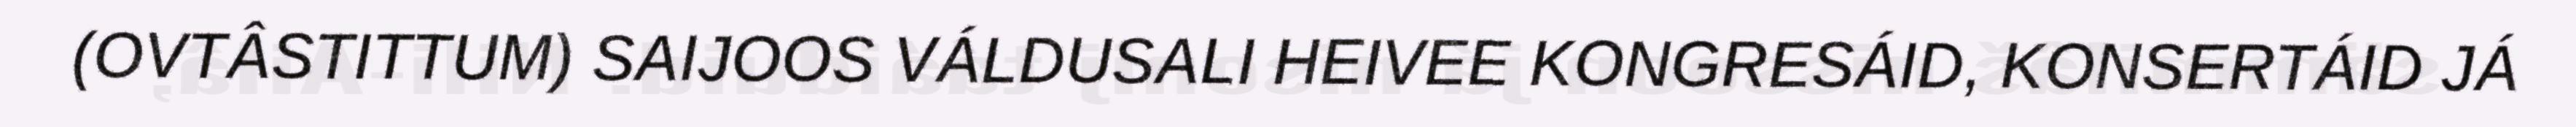
(OVTÂSTITTUM) SAIJOOS VÁLDUSALI HEIVEE KONGRESÁID, KONSERTÁID JÁ